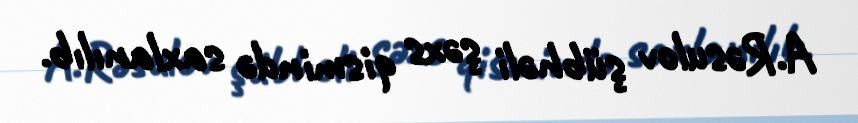
A.Rəsulov şübhəli şəxs qismində saxlanılıb.